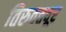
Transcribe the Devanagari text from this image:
तिरुवत्तवूर